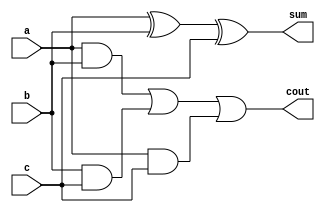
module fullAdder(a,b,c,sum,cout);
input a,b,c;
output sum,cout;
assign sum=a^b^c;
assign cout=(a &b)|(b&c)|(a&c);

endmodule